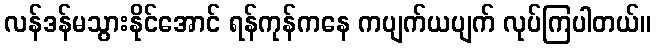
လန်ဒန်မသွားနိုင်အောင် ရန်ကုန်ကနေ ကပျက်ယပျက် လုပ်ကြပါတယ်။